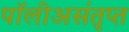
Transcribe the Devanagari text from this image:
पॉलीअसंतृप्त